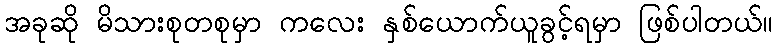
အခုဆို မိသားစုတစုမှာ ကလေး နှစ်ယောက်ယူခွင့်ရမှာ ဖြစ်ပါတယ်။